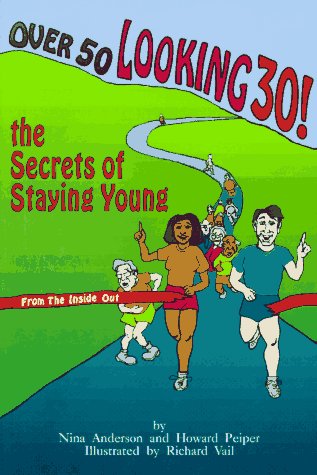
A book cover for Over 50 Looking 30: Secrets of Staying Young; Howard Peiper M.D.; Health, Fitness & Dieting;